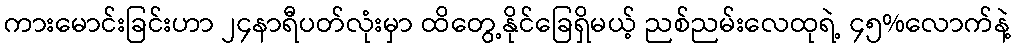
ကားမောင်းခြင်းဟာ ၂၄နာရီပတ်လုံးမှာ ထိတွေ့နိုင်ခြေရှိမယ့် ညစ်ညမ်းလေထုရဲ့ ၄၅%လောက်နဲ့